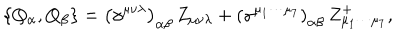
\left\{ Q _ { \alpha } , Q _ { \beta } \right\} = \left( \gamma ^ { \mu \nu \lambda } \right) _ { \alpha \beta } \, Z _ { \mu \nu \lambda } + \left( \gamma ^ { \mu _ { 1 } \cdots \mu _ { 7 } } \right) _ { \alpha \beta } \, Z _ { \mu _ { 1 } \cdots \mu _ { 7 } } ^ { + } ,